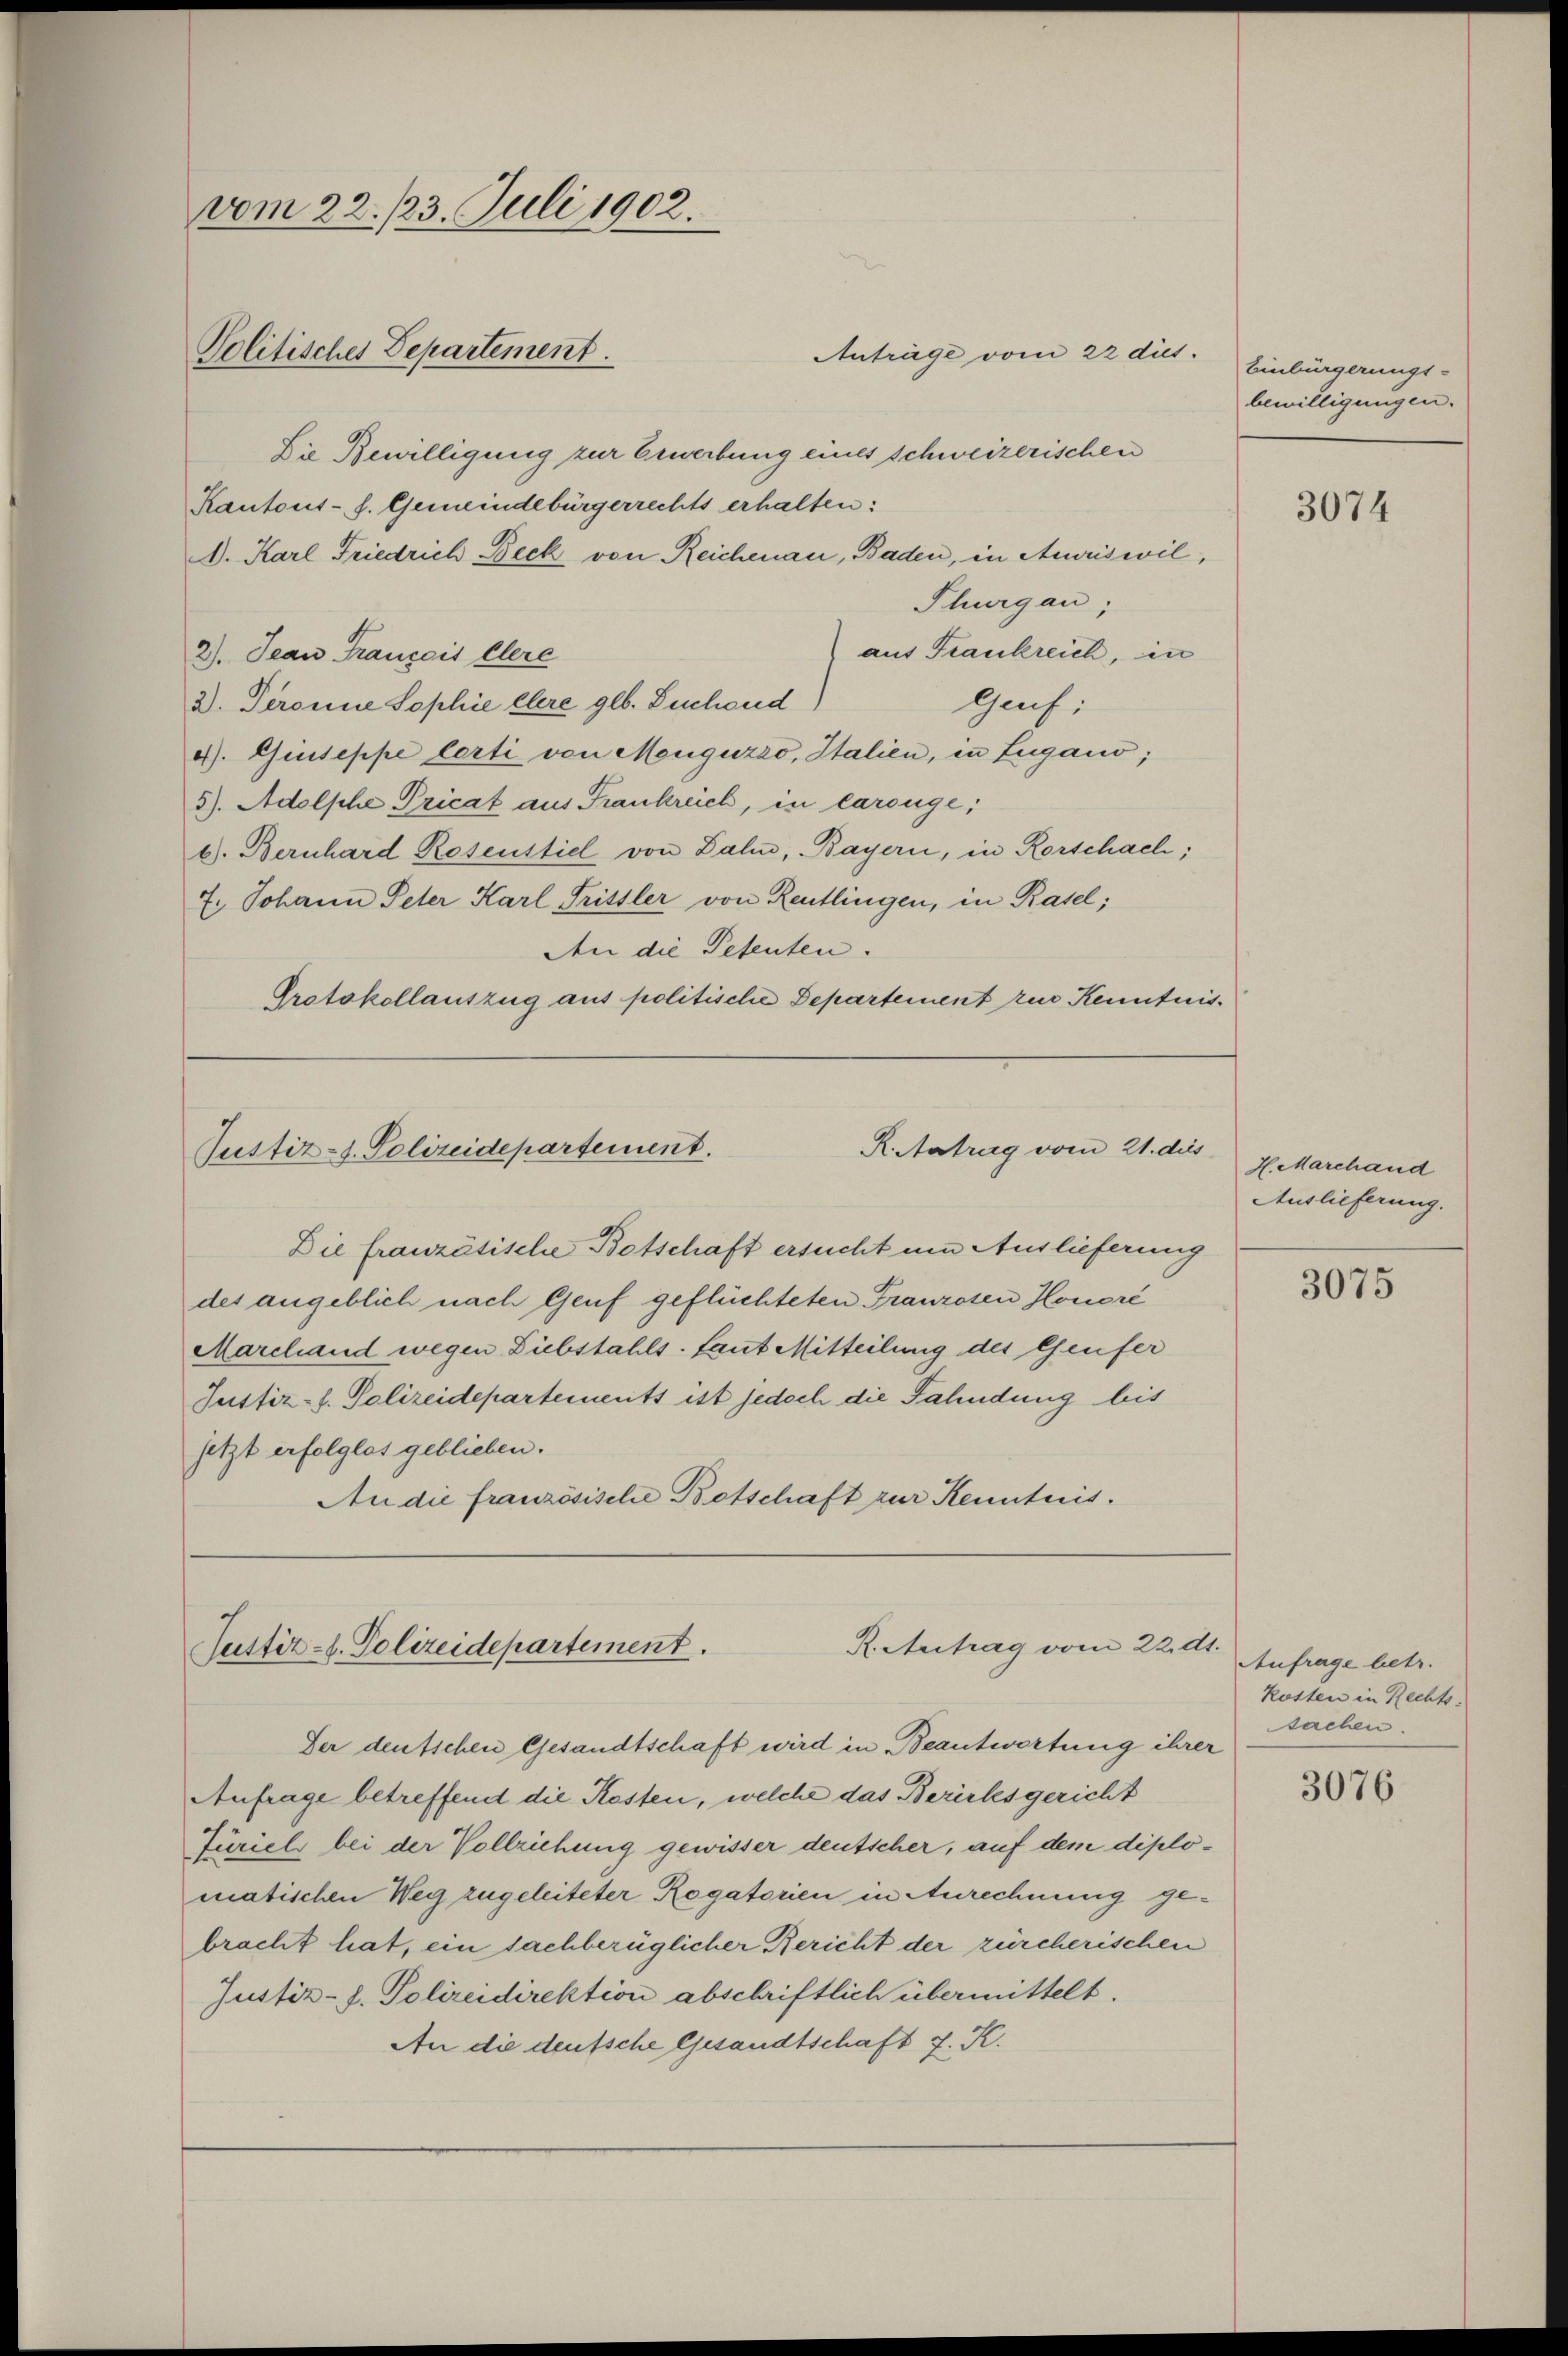
vom 22./23. Juli 1902.

Anträge vom 22 diet.
Die Bewilligung zur Gewerbung eines schweizerischen
Kantons- s. Gemeindebürgerrechts erhalten:
D. Karl Friedrich Beck von Reichenau, Baden, in Ausriswil,
Thurgau,
) aus Frankreich, in
2). Jean Français Clere
2). Deronne Sophie Ehere geb. Buchend)
Gauf:
4). Giuseppe lerti von Menguzzo, Italien, in Lugano;
5). Adolsche Pricat aus Frankreich, in Carouge;
b. Bernhard Rosenstiel von Zahn, Bayern, in Rorschach;
7. Johann Peter Karl Fristler von Reutlingen, in Rasel;
An die Petenten.
Protokollauszug aus politische Departement zur Kenntnis¬

Politisches Departement.

R. Antrag vom 21. dies
Justiz-S. Polizeidepartement.

Die französische Botschaft ersucht um Auslieferung
des angeblich nach Genf geflüchteten Franzosen Honori
Marchand wegen Diebstahls. Laut Mitteilung des Genfer
Justiz-l. Polizeidepartements ist jedoch die Fahndung bis
setzt erfolglos geblieben.
An die französische Botschaft zur Kenntnis.

R. Antrag vom 22. d1.
Justiz-S. Polizeidepartement.

Der deutschen Gesandtschaft wird in Beantwortung ihrer
Anfrage betreffend die Kosten, welche das Beriches gericht
Zürich bei der Vollziehung gewisser deutscher, auf dem diplomatischen Weg zugeleiteter Rogatorien in Anrechnung gebracht hat, ein sachbezüglicher Bericht der zürcherischen
Justiz-J. Polizeidirektion abschriftlich übermittelt.
An die deutsche Gesandtschaft J. K.

Einbürgerungs-
bewilligungen.

3074

H. Marchand
Auslieferung.

3075

Anfrage betr.
Kosten in Rechts.
sachen.

3076